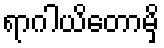
ရာဂါယိတောမှိ